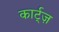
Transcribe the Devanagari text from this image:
कार्ट्ज़